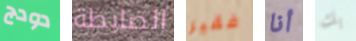
دودج الضابطة فقير أنا بك